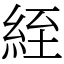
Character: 絰